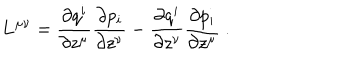
{ \bf L } ^ { \mu \nu } = \frac { \partial q ^ { i } } { \partial z ^ { \mu } } \frac { \partial p _ { i } } { \partial z ^ { \nu } } - \frac { \partial q ^ { i } } { \partial z ^ { \nu } } \frac { \partial p _ { i } } { \partial z ^ { \mu } } \ .